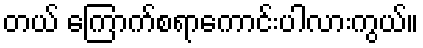
တယ် ကြောက်စရာကောင်းပါလားကွယ်။